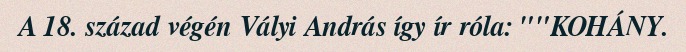
A 18. század végén Vályi András így ír róla: ""KOHÁNY.